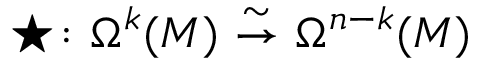
\star \colon \Omega ^ { k } ( M ) \ { \stackrel { \sim } { \to } } \ \Omega ^ { n - k } ( M )